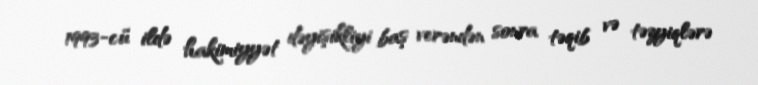
1993-cü ildə hakimiyyət dəyişikliyi baş verəndən sonra təqib və təzyiqlərə